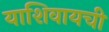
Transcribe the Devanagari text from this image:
याशिवायची